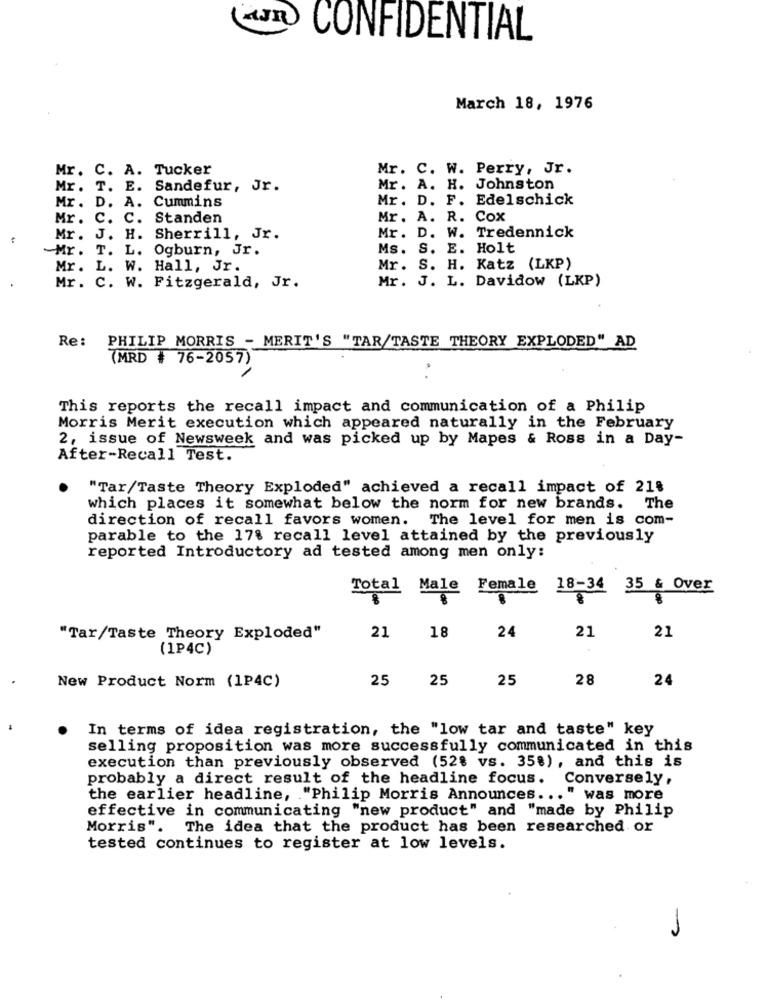
CONFIDENTIAL
March 18, 1976
Mr. C. A. Tucker
Mr. C. W. Perry, Jr.
Mr. T. E. Sandefur, Jr.
Mr. A. H. Johnston
Mr. D. A. Cummins
Mr. D. F. Edelschick
Mr. C. C. Standen
Mr. A. R. Cox
Mr. D. W. Tredennick
Mr. J. H. Sherrill, Jr.
Mr. T. L. Ogburn, Jr.
Ms. S. E. Holt
Mr ..
L. W. Hall, Jr.
Mr. S. H. Katz (LKP)
Mr. C. W. Fitzgerald, Jr.
Mr. J. L. Davidow (LKP)
Re:
PHILIP MORRIS - MERIT'S "TAR/TASTE THEORY EXPLODED" AD
(MRD # 76-2057)
This reports the recall impact and communication of a Philip
Morris Merit execution which appeared naturally in the February
2, issue of Newsweek and was picked up by Mapes & Ross in a Day-
After-Recall Test.
"Tar/Taste Theory Exploded" achieved a recall impact of 21%
which places it somewhat below the norm for new brands. The
direction of recall favors women. The level for men is com-
parable to the 178 recall level attained by the previously
reported Introductory ad tested among men only:
Total Male Female 18-34
35 & Over
21
21
"Tar/Taste Theory Exploded"
21
18
24
(1P4C)
25
25
25
28
24
New Product Norm (1P4C)
In terms of idea registration, the "low tar and taste" key
selling proposition was more successfully communicated in this
execution than previously observed (52% vs. 35%), and this is
probably a direct result of the headline focus.
Conversely,
the earlier headline, . "Philip Morris Announces ... " was more
effective in communicating "new product" and "made by Philip
Morris". The idea that the product has been researched or
tested continues to register at low levels.